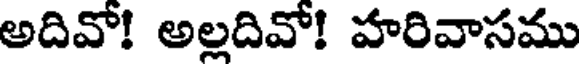
అదివో! అల్లదివో! హరివాసము